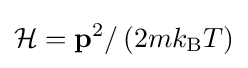
{\mathcal {H}}=\mathbf {p} ^{2}/\left(2mk_{\text{B}}T\right)